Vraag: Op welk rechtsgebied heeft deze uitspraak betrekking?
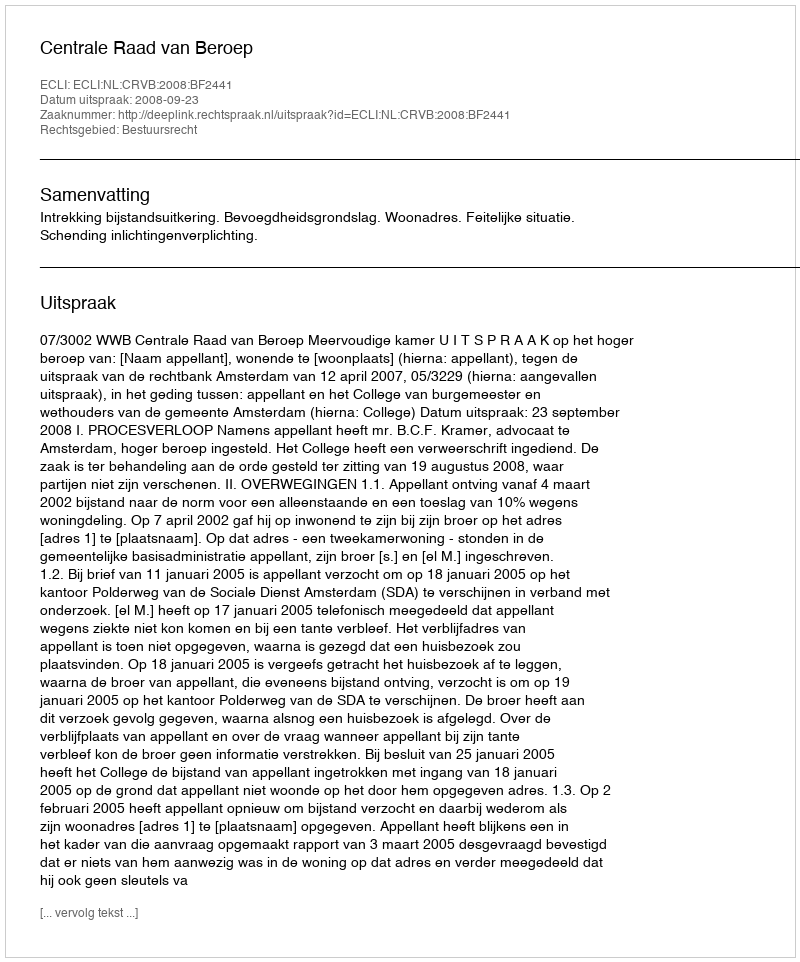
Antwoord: Bestuursrecht